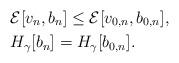
LaTeX: \begin{align*}&{\mathcal{E}}[v_n,b_n]\leq {\mathcal{E}}[v_{0,n},b_{0,n}], \\&H_{\gamma}[b_n]=H_{\gamma}[b_{0,n}].\end{align*}